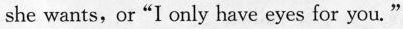
she wants,or"I only have eyes for you."